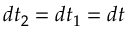
d t _ { 2 } = d t _ { 1 } = d t